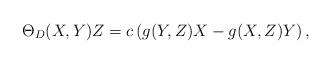
LaTeX: \begin{align*}\Theta_D (X,Y)Z=c\left(g(Y,Z) X - g(X,Z) Y\right),\end{align*}